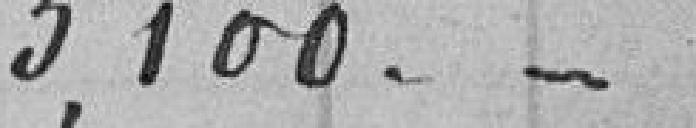
3100